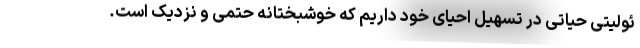
ئولیتی حیاتی در تسهیل احیای خود داریم که خوشبختانه حتمی و نزدیک است.